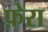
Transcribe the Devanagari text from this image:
फ़ेरा